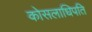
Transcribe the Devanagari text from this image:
कोसलाधिपति